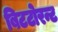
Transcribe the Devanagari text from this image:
बिटटोरन्ट